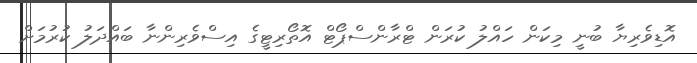
އޮޑިވެރިޔާ ބުނީ މިކަން ހައްލު ކުރަން ޓްރާންސްޕޯޓް އޮތޯރިޓީގެ އިސްވެރިންނާ ބައްދަލު ކުރުމަށް